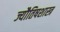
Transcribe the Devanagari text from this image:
ज्यौतिषशास्त्र